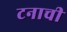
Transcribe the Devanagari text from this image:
टनाची